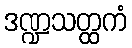
ဒဏ္ဍသတ္ထကံ